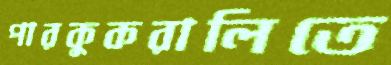
পারকুকরালিতে